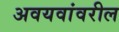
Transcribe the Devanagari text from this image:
अवयवांवरील